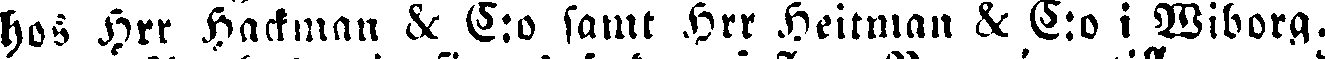
hos Hrr Hackman & C:o samt Hrr Heitman & C:o i Wiborg.